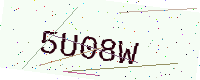
Text: 5U08W